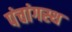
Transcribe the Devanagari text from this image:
पंचांगस्थ